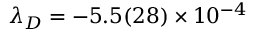
\ensuremath { \lambda } _ { D } = - 5 . 5 ( 2 8 ) \times 1 0 ^ { - 4 }